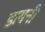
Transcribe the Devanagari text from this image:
डायनी